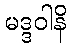
မဒ္ဒဝါနိ